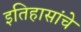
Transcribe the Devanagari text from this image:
इतिहासांचे